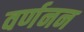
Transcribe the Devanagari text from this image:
वर्णनन